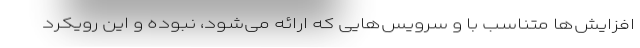
افزایش‌ها متناسب با و سرویس‌هایی که ارائه می‌شود، نبوده و این رویکرد